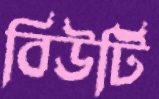
বিউটি